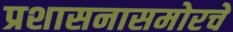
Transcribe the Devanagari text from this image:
प्रशासनासमोरचे